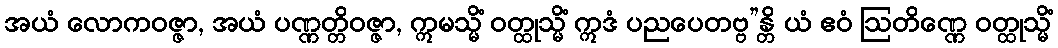
အယံ လောကဝဇ္ဇာ, အယံ ပဏ္ဏတ္တိဝဇ္ဇာ, ဣမသ္မိံ ဝတ္ထုသ္မိံ ဣဒံ ပညပေတဗ္ဗ”န္တိ ယံ ဧဝံ ဩတိဏ္ဏေ ဝတ္ထုသ္မိံ